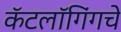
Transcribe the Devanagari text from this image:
कॅटलॉगिंगचे